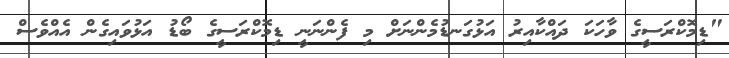
"ޑިމޮކްރަސީގެ ވާހަކަ ދައްކާއިރު އަޅުގަނޑުމެންނަށް މި ފެންނަނީ ޑިމޮކްރަސީގެ ބޯޑު އަޅުވައިގެން އެއްވެސް